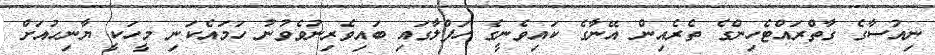
ނިއުސާގެ ގާތްރައްޓެހިންގެ ތެރެއިން އޭނާގެ ކައިވެނީގެ ހަފްލާގައި ބައިވެރިނުވެވުނު ހަމައެކަނި މީހަކީ ޔާނިހުއަށް